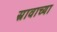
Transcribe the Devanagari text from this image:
स्रावाच्या